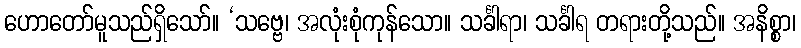
ဟောတော်မူသည်ရှိသော်။ ‘သဗ္ဗေ၊ အလုံးစုံကုန်သော။ သင်္ခါရာ၊ သင်္ခါရ တရားတို့သည်။ အနိစ္စာ၊